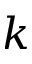
k